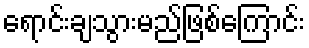
ရောင်းချသွားမည်ဖြစ်ကြောင်း